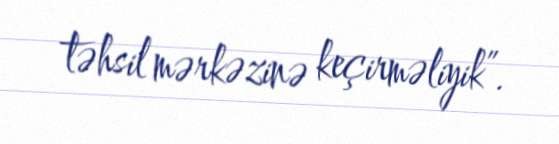
təhsil mərkəzinə keçirməliyik”.